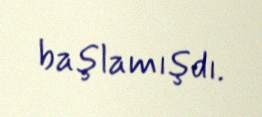
başlamışdı.